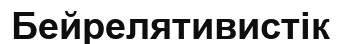
Бейрелятивистік